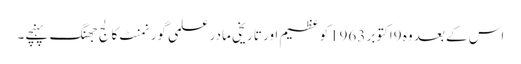
اس کے بعد وہ 9اکتوبر 1963کو عظیم اور تاریخی مادر علمی گورنمنٹ کالج جھنگ پہنچے۔